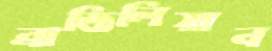
ব্রাজিলিয়ান